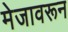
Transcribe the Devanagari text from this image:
मेजावरून